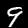
Label: 9